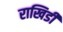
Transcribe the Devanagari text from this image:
राखिडी